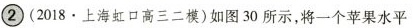
②(2018·上海虹口高三二模)如图30所示，将一个苹果水平